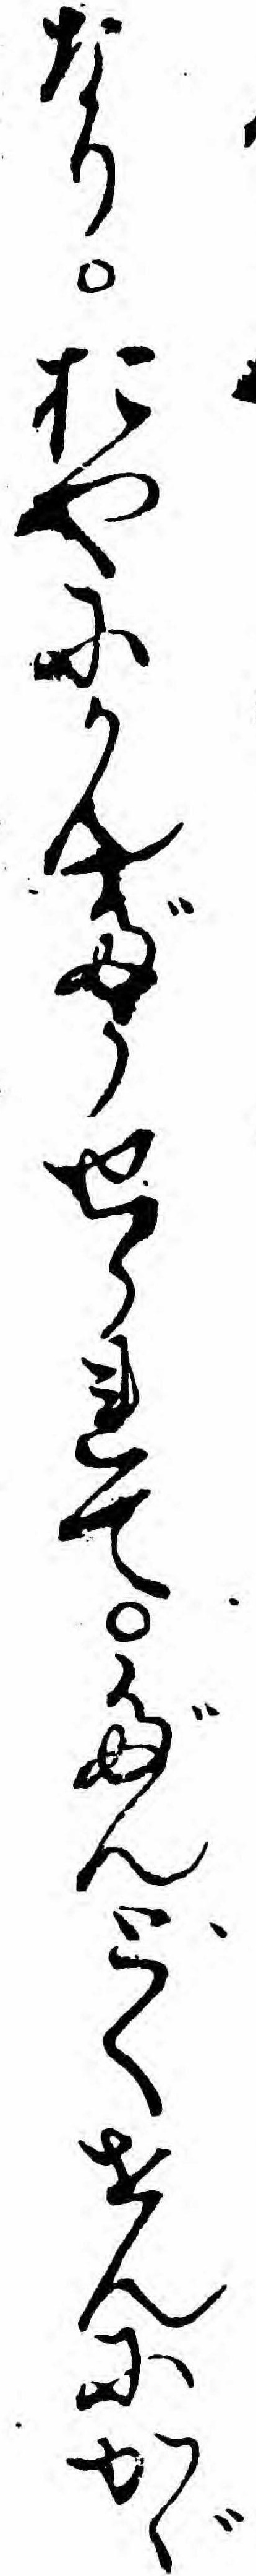
なりおやにかんだうせられてだんとくせんにかゞ